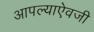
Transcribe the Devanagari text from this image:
आपल्याऐवजी